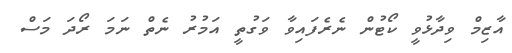
އާޒިމް ވިދާޅުވީ ކޯޓުން ނެރެފައިވާ ވަގުތީ އަމުރު ނެތް ނަމަ ރޯދަ މަސް